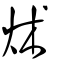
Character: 炢